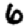
Digit: 6